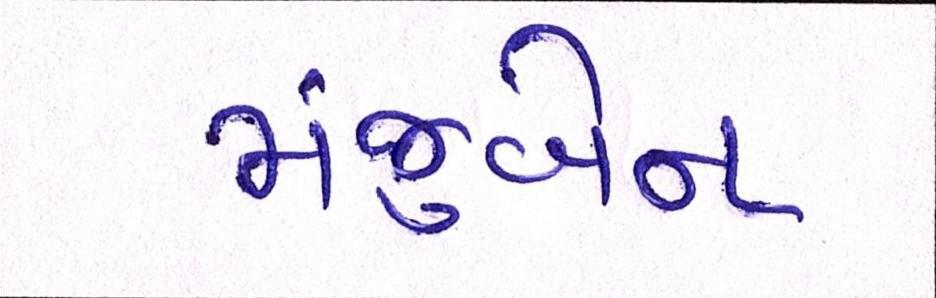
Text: મંજુબેન